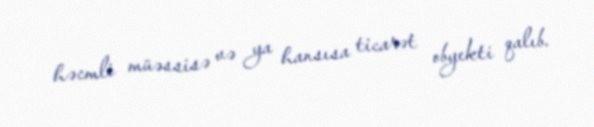
həcmli müəssisə və ya hansısa ticarət obyekti qalıb.